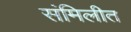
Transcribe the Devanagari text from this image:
संमिलीत